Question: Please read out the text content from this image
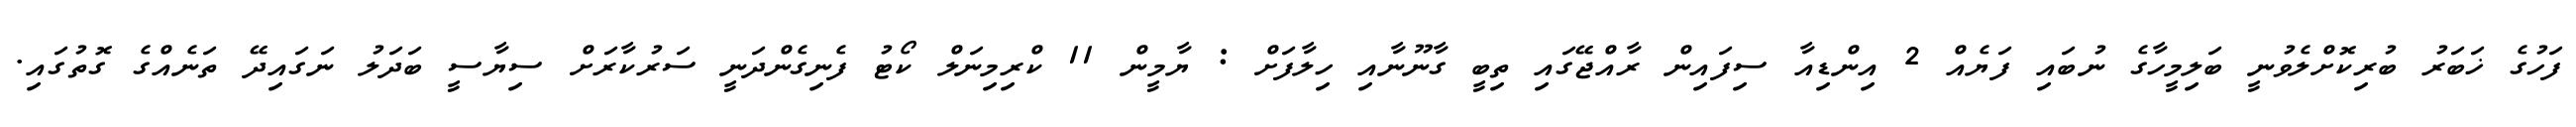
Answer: ފަހުގެ ޚަބަރު ބުރިކޮށްލެވުނީ ބަލިމީހާގެ ނުބައި ފަޔެއް 2 އިންޑިއާ ސިފައިން ރާއްޖޭގައި ތިބީ ގާނޫނާއި ހިލާފަށް : ޔާމީން 11 ކްރިމިނަލް ކޯޓު ފެނިގެންދަނީ ސަރުކާރަށް ސިޔާސީ ބަދަލު ނަގައިދޭ ތަނެއްގެ ގޮތުގައި.